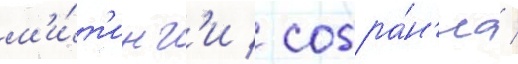
м'и́т'инг'и / собра́н'иа /